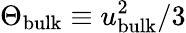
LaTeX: \Theta_{\mathrm{bulk}}\equiv u_{\mathrm{bulk}}^{2}/3